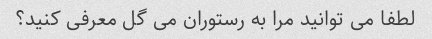
لطفا می توانید مرا به رستوران می گل معرفی کنید؟